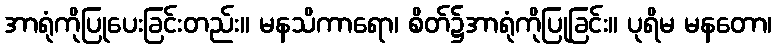
အာရုံကိုပြုပေးခြင်းတည်း။ မနသိကာရော၊ စိတ်၌အာရုံကိုပြုခြင်း။ ပုရိမ မနတော၊